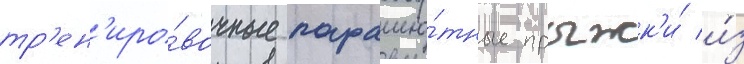
тр'ен'иро́вочные парашю́тные прыжк'и́ и́з